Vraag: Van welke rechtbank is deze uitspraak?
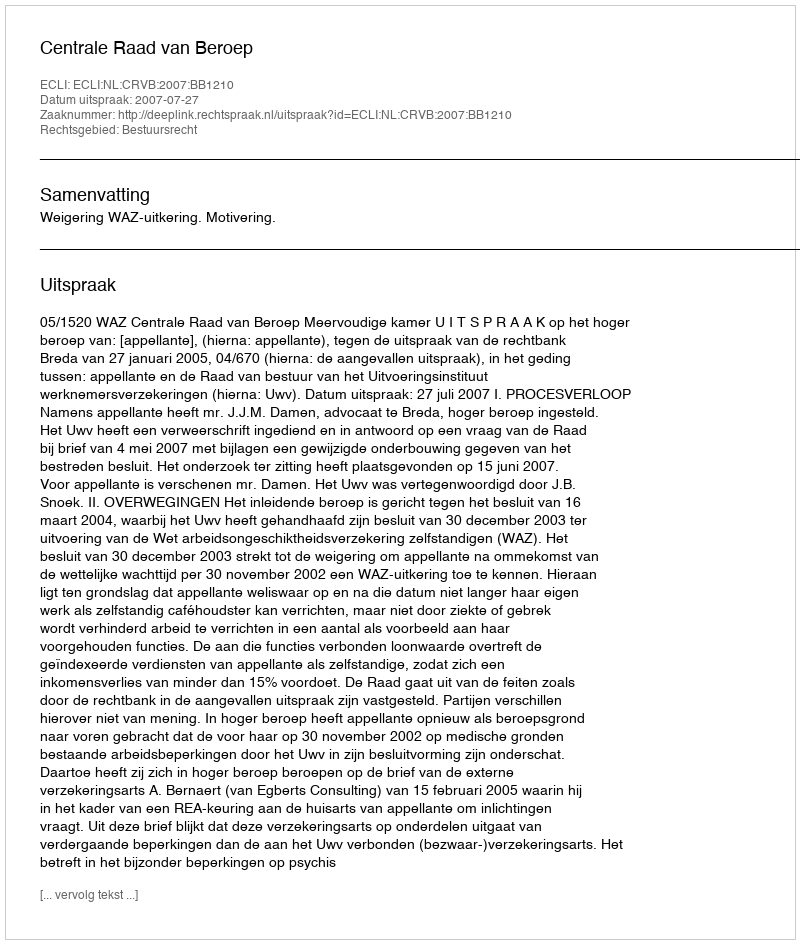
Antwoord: Centrale Raad van Beroep